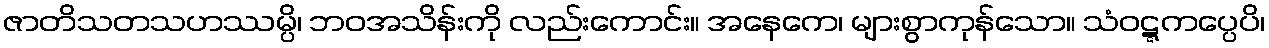
ဇာတိသတသဟဿမ္ပိ၊ ဘဝအသိန်းကို လည်းကောင်း။ အနေကေ၊ များစွာကုန်သော။ သံဝဋ္ဋကပ္ပေပိ၊